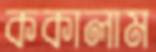
ককালাম